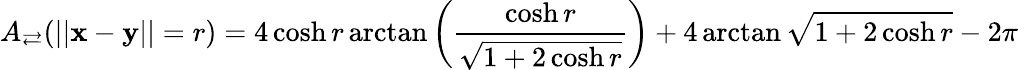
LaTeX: A_{\rightleftarrows}(||\mathbf x-\mathbf y||=r)=4\cosh r\arctan\left(\frac{\cosh r}{\sqrt{1+2\cosh r}}\right)+4\arctan\sqrt{1+2\cosh r}-2\pi